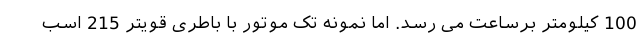
100 کیلومتر برساعت می رسد. اما نمونه تک موتور با باطری قویتر 215 اسب